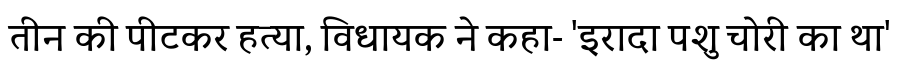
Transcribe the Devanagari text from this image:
तीन की पीटकर हत्या, विधायक ने कहा- 'इरादा पशु चोरी का था'